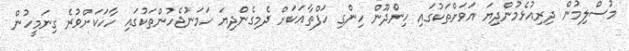
މުސްލިމުން ދިރިއުޅެމުންދިޔަ އަވަށްތަކުގައި ހިންދޫން ހިންގި ހަފްތާއަކަށް ދެމިގެންދިޔަ ހަމަނުޖެހުންތަކުގައި ހާހަކަށްވުރެ ގިނަމީހުން